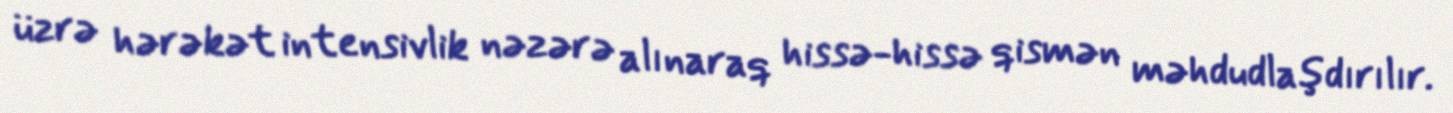
üzrə hərəkət intensivlik nəzərə alınaraq hissə-hissə qismən məhdudlaşdırılır.